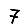
Digit: 7